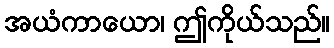
အယံကာယော၊ ဤကိုယ်သည်။